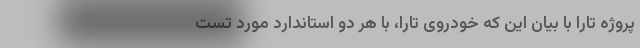
پروژه تارا با بیان این که خودروی تارا، با هر دو استاندارد مورد تست